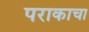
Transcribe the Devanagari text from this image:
पराकाचा